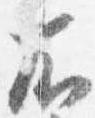
右